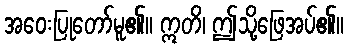
အဝေးပြုတော်မူ၏။ ဣတိ၊ ဤသို့ဖြေအပ်၏။